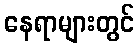
နေရာများတွင်